Investigations into the jail dietaries of the United Provinces with some observations on the influence of dietary on the physical development and well-being of the people of the United Provinces - Number 48
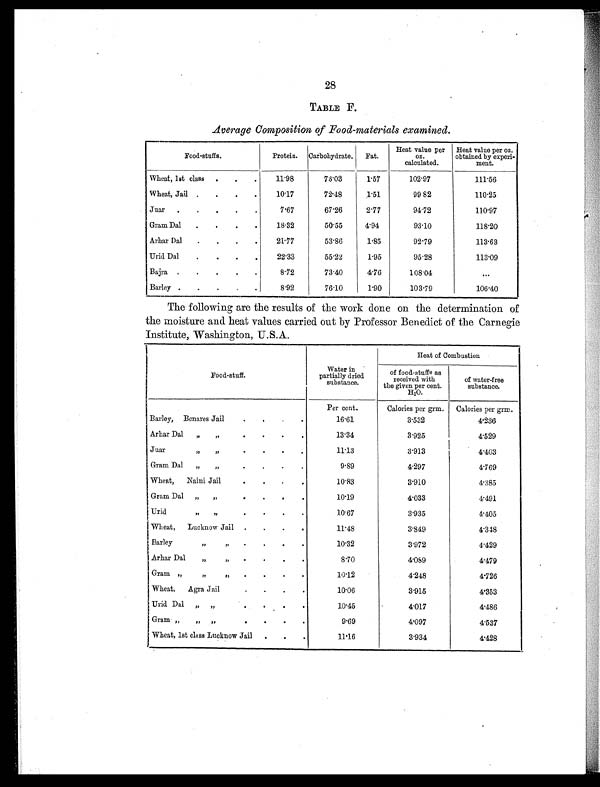
28
TABLE F.
Average Composition of Food-materials examined.
Food-stuffs.
Protein. Carbohydrate. Fat.
Heat value per
oz.
calculated.
Heat value per oz.
obtained by experi-
ment.
Wheat, 1st class . . .
11.98
73. 03
1.57
102.97
111.56
Wheat, Jail . . . .
10.17
72.48
1.51
99 82
110.25
Juar . . . . .
7.67
67.26
2.77
9 4 . 7 2
110.97
Gram Dal . . . .
18.32
50.55
4.94
93.10
118.20
Arhar Dal . . . .
21.77
53.86
1.85
92.79
113.63
Urid Dal .
. . .
22.33
55. 22
1.95
95.28
113.09
Bajra . . .
. .
8.72
73.40
4.76
108.04
. . .
Barley .
.
.
. .
8.92
76.10
1.90
103.79
106.40
The following are the results of the work done on the determination of
the moisture and heat values carried out by Professor Benedict of the Carnegie
Institute, Washington, U.S.A.
Food-stuff.
Water in
partially dried
substance.
Heat of Combustion
of food-stuffs as
received with
the given per cent.
H2O.
of water-free
substance.
Per cent.
Calories per grm. Calories per grm.
Barley, Benares Jail
.
. .
.
16.61
3.532
4.236
Arhar Dal „ „
.
.
.
.
13.34
3.925
4.529
Juar „ „
.
.
. .
1 1 . 1 3
3.913
4.403
Gram Dal „ „
.
.
.
.
9.89
4.297
4.769
Wheat, Naini Jail
.
. . .
1 0 . 8 3
3.910
4.385
Gram Dal „ „
. . .
.
10.19
4.033
4.491
Urid „ „
.
.
.
.
10.67
3.935
4.405
Wheat, Lucknow Jail . . . .
11.48
3.849
4 . 3 4 8
Barley „ „
.
.
.
.
1 0 . 3 2
3.972
4.429
Arhar Dal „ „ .
. . .
8.70
4.089
4.479
Gram „ „ „
.
.
.
.
10.12
4.248
4.726
Wheat, Agra Jail
.
.
. .10.06
3.915
4.353
Urid Dal „ „
.
.
.
.
10.45
4.017
4.486
Gram „ „ „
.
.
.
.
9.69
4.097
4.537
Wheat, 1st class Lucknow Jail . . .
11.16
3.934
4.428